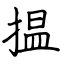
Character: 揾